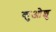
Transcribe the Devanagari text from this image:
कुओशु